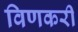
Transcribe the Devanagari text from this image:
विणकरी